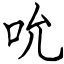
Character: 吮